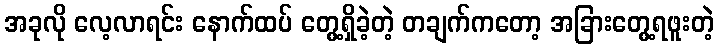
အခုလို လေ့လာရင်း နောက်ထပ် တွေ့ရှိခဲ့တဲ့ တချက်ကတော့ အခြားတွေ့ရဖူးတဲ့